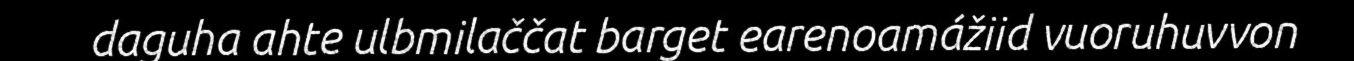
daguha ahte ulbmilaččat barget earenoamážiid vuoruhuvvon